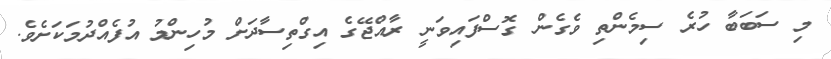
މި ސަބަބާ ހުރެ ސިމެންތި ވެގެން ގޮސްފައިވަނީ ރާއްޖޭގެ އިގްތިސާދަށް މުހިންމު އުފެއްދުމަކަށެވެ.